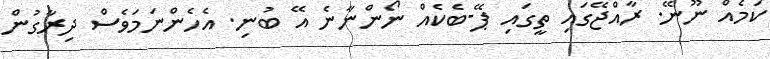
ކަމެއް ނޫނޭ. ރާއްޖޭގައި ތީގައި ޕޭ-ބެކެއް ނޯންނާނެ އޭ ބުނި. އެހެންނަމަވެސް ދިރާގުން